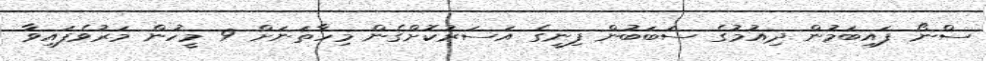
ސްނޯ ފައިބަމުން ދިއުމުގެ ސަބަބުން ފިނީގެ އަސަރުކޮށްގެން މިހާތަނަށް 9 މީހުން މަރުވެފައިވާ